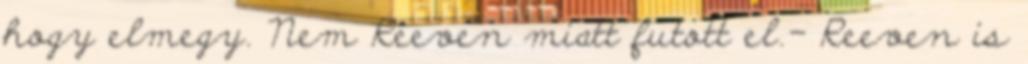
hogy elmegy. Nem Reeven miatt futott el.- Reeven is